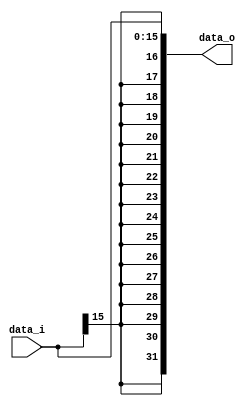
//Description: Sign extend(16bits -> 32bits)
//--------------------------------------------------------------------------------

module Sign_Extend(
    data_i,
    data_o
    );

//I/O ports
input   [16-1:0] data_i;
output  [32-1:0] data_o;

//Internal Signals
reg     [32-1:0] data_o;

//Sign extended
always @ (data_i) begin
  data_o[16-1:0] = data_i;
  data_o[32-1:16] = {16{data_i[16-1]}};
end

endmodule